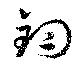
鈞